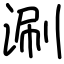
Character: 涮